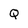
Character: Q